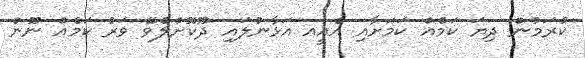
ކުރަމުން ދިޔަ ކަމެއް ކަމަށާއި އެއީއ އަޅާނުލައި ދޫކޮށްލެވޭ ވަރު ކަމެއް ނޫން